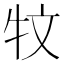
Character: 𱭩